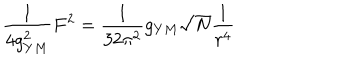
\frac { 1 } { 4 g _ { Y M } ^ { 2 } } F ^ { 2 } = \frac { 1 } { 3 2 \pi ^ { 2 } } g _ { Y M } \sqrt { N } \frac { 1 } { r ^ { 4 } }